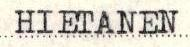
HIETANEN